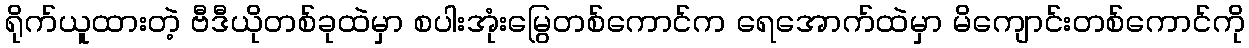
ရိုက်ယူထားတဲ့ ဗီဒီယိုတစ်ခုထဲမှာ စပါးအုံးမြွေတစ်ကောင်က ရေအောက်ထဲမှာ မိကျောင်းတစ်ကောင်ကို